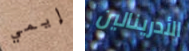
إيمي الأدرينالين